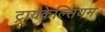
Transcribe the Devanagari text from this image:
ट्रायकेल्सियम